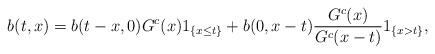
LaTeX: \begin{align*} b(t,x) = b(t-x, 0) G^c (x) 1_{\{x \le t\}} +b(0,x-t) \frac{G^c (x)}{G^c (x - t)} 1_{\{x > t\}},\end{align*}